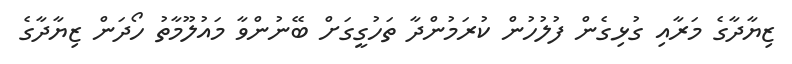
ޒިޔާދާގެ މަރާއި ގުޅިގެން ފުލުހުން ކުރަމުންދާ ތަހުގީގަށް ބޭނުންވާ މައުލޫމާތު ހޯދަން ޒިޔާދާގެ